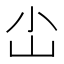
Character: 𪨤